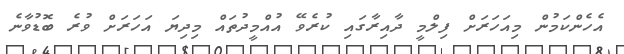
އެހެންކަމުން މިއަހަރަށް ފިލްމީ ދާއިރާގައި ކުރެވޭ އުއްމީދުތައް މިދިޔަ އަހަރަށް ވުރެ ބޮޑުވާނެ